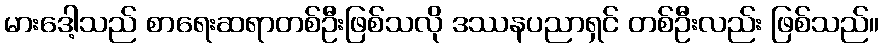
မားဒေါ့သည် စာရေးဆရာတစ်ဦးဖြစ်သလို ဒဿနပညာရှင် တစ်ဦးလည်း ဖြစ်သည်။